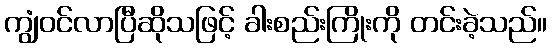
ကျွံဝင်လာပြီဆိုသဖြင့် ခါးစည်းကြိုးကို တင်းခဲ့သည်။